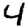
Digit: 4